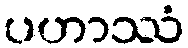
ပဟာဿံ